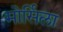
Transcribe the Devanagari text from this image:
मोर्सिला